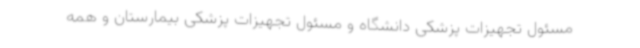
مسئول تجهیزات پزشکی دانشگاه و مسئول تجهیزات پزشکی بیمارستان و همه